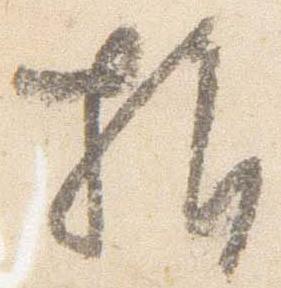
指